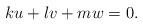
LaTeX: \begin{align*} ku+lv+mw=0.\end{align*}